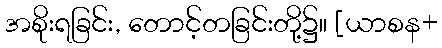
အစိုးရခြင်း, တောင့်တခြင်းတို့၌။ [ယာစန+